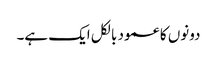
دونوں کا عمود بالکل ایک ہے۔